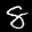
Label: 8